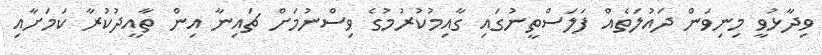
ވިދާޅުވީ މިނިވަން ދައުލަތެއް ފަލަސްތީނުގައި ގާއިމުކުރުމުގެ ވިސްނުމަށް ޗައިނާ އިން ތާއީދުކުރާ ކަމަށާއި